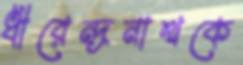
ধীরেন্দ্রনাথকে